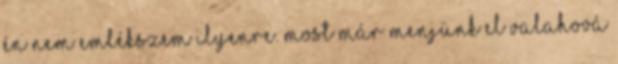
Én nem emlékszem ilyenre. Most már menjünk el valahová